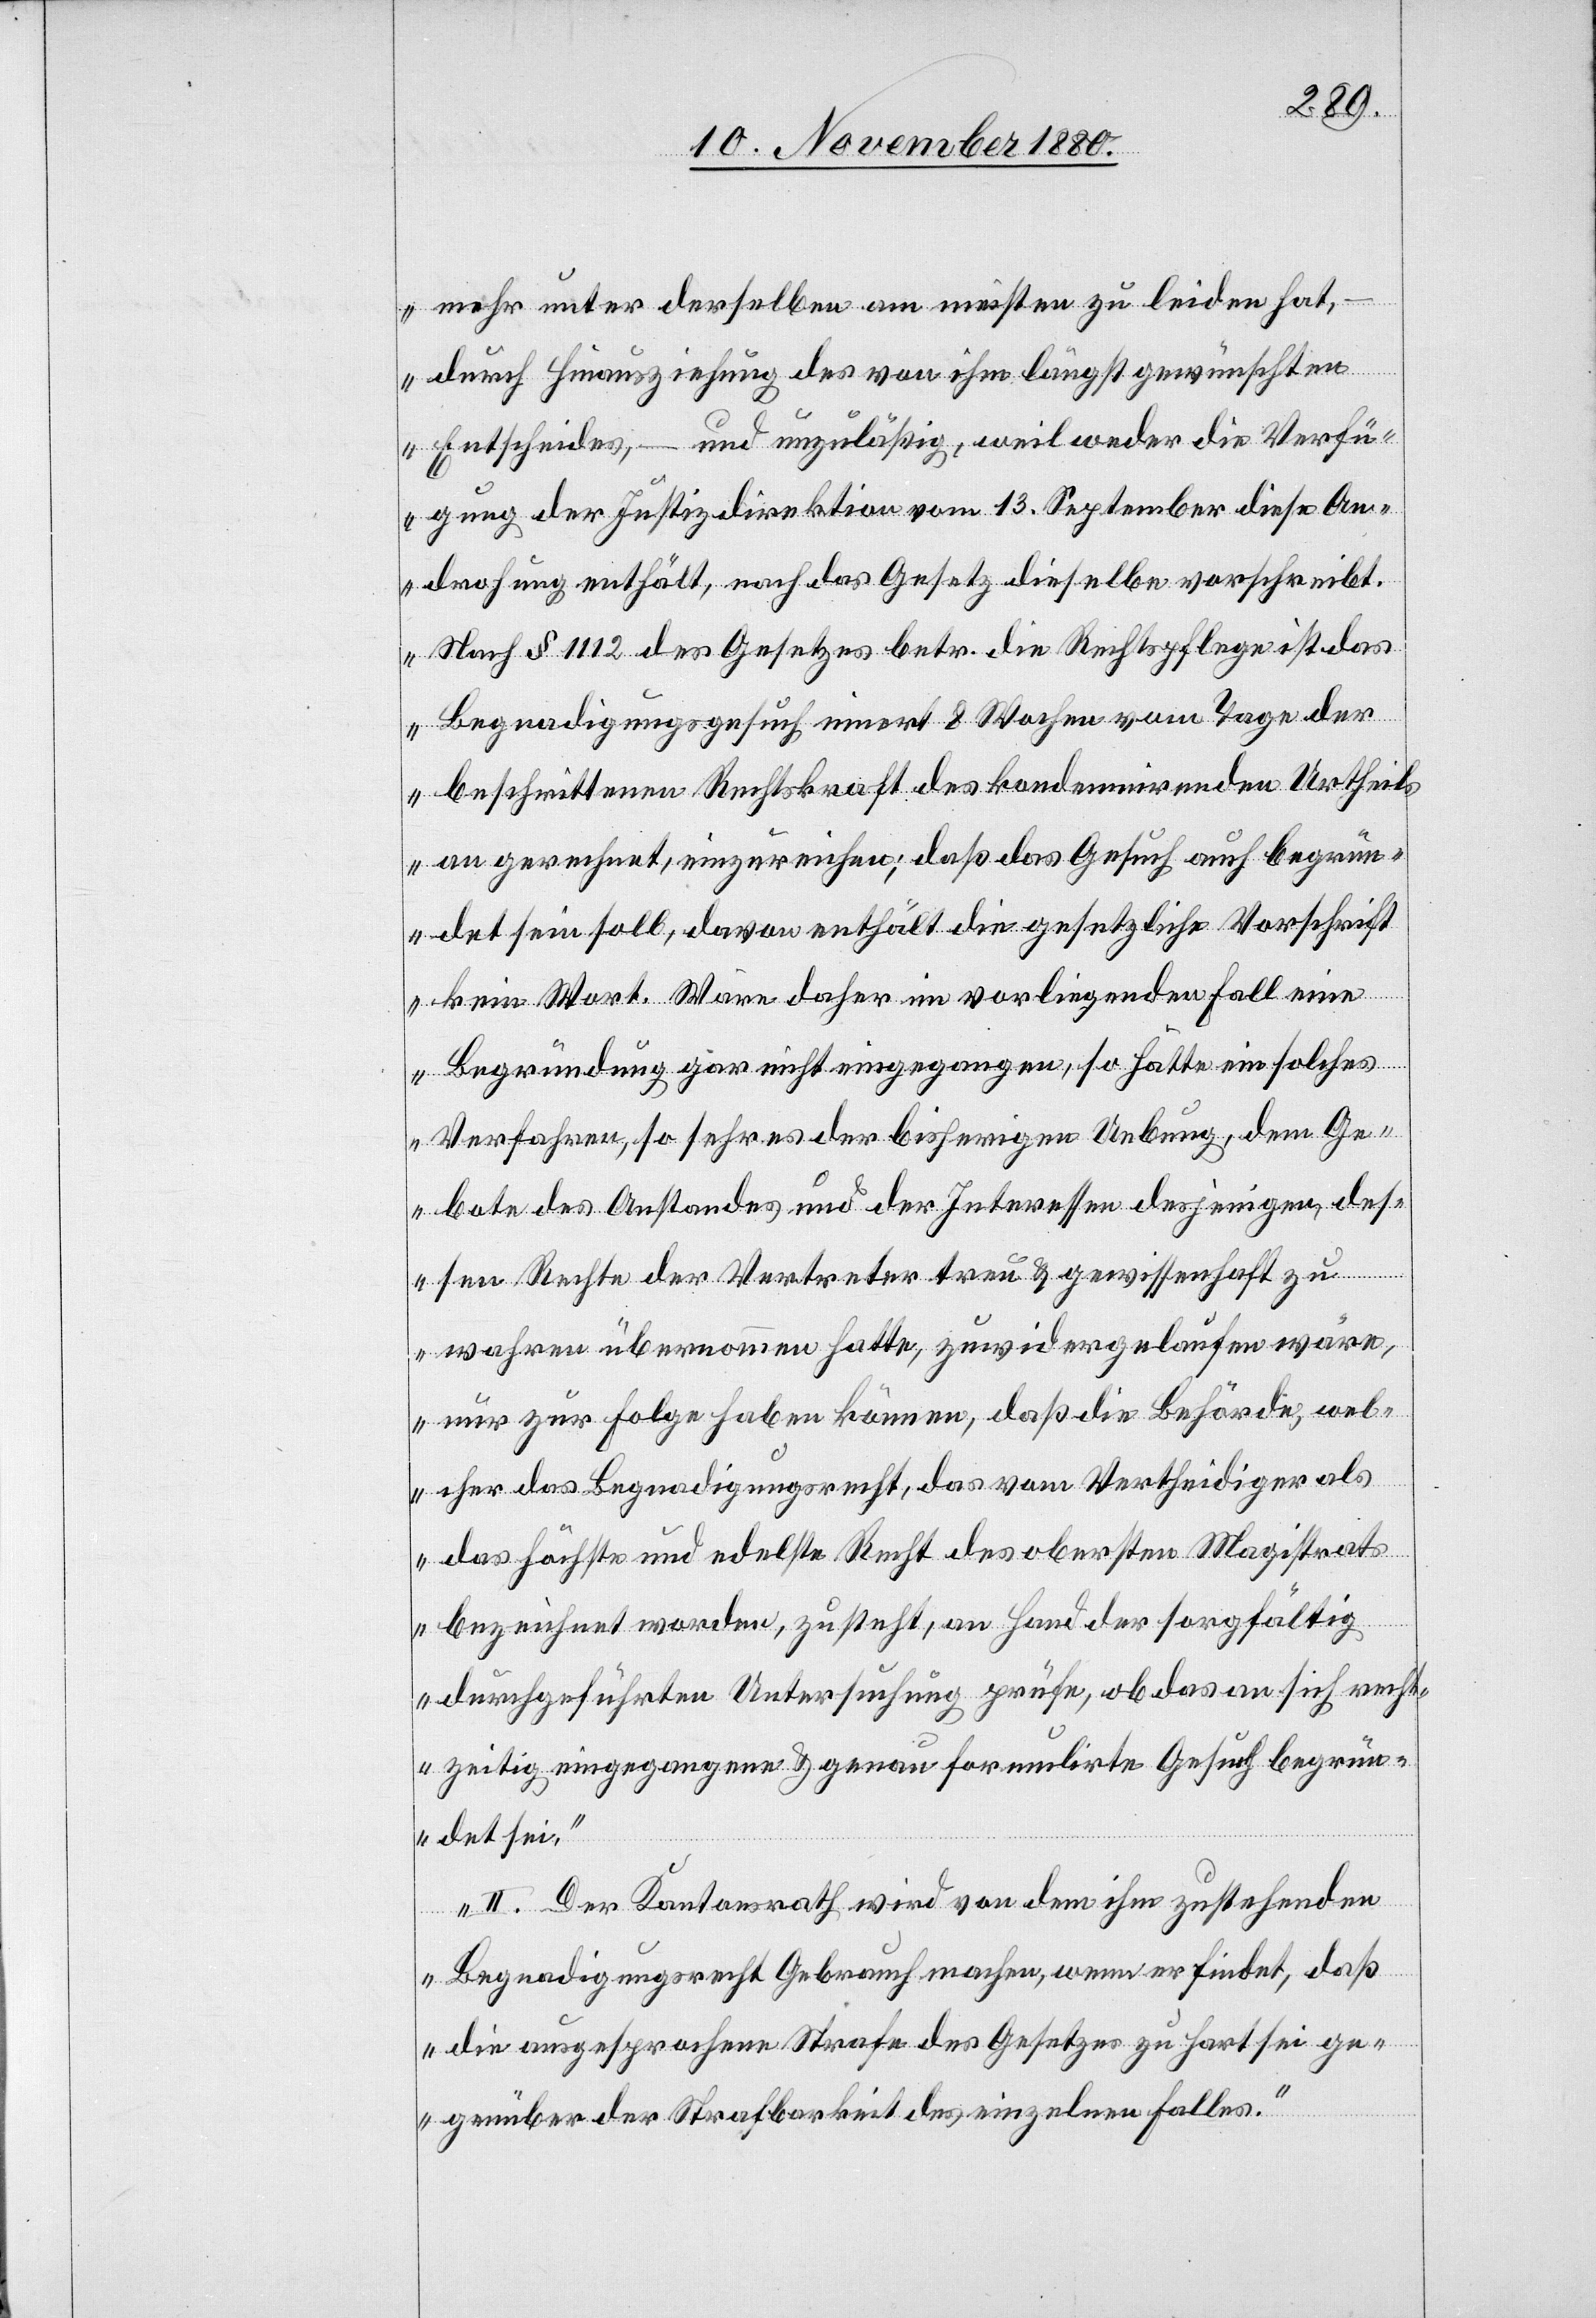
mehr unter derselben am meisten zu leiden hat,
– durch Hinausziehung des von ihm längst gewünschten
Entscheides, – und unzuläßig, weil weder die Verfü¬
gung der Justizdirektion vom 13. September diese An¬
drohung enthält, noch das Gesetz dieselbe vorschreibt.
Nach § 112 des Gesetzes betr. die Rechtspflege ist das
Begnadigungsgesuch innert 8 Wochen vom Tage der
beschrittenen Rechtskraft des kondemnirenden Urtheils
an gerechnet, einzureichen; daß das Gesuch auch begrün¬
det sein soll, davon enthält die gesetzliche Vorschrift
kein Wort. Wäre daher im vorliegenden Fall eine
Begründung gar nicht eingegangen, so hätte ein solches
Verfahren, so sehr es der bisherigen Uebung, dem Ge¬
bote des Anstandes und der Interessen desjenigen, des¬
sen Rechte der Vertreter treu & gewissenhaft zu
wahren übernommen hatte, zuwidergelaufen wäre,
nur zur Folge haben können, daß die Behörde, wel¬
cher das Begnadigungsecht, das vom Vertheidiger als
das höchste und edelste Recht des obersten Magistrats
bezeichnet worden, zusteht, an Hand der sorgfältig
durchgeführten Untersuchung prüfe, ob das an sich recht¬
zeitig eingegangene & genau formulirte Gesuch begrün¬
det sei.
II. Der Kantonsrath wird von dem ihm zustehenden
Begnadigungsrecht Gebrauch machen, wenn er findet, daß
die ausgesprochene Strafe des Gesetzes zu hart sei ge¬
genüber der Strafbarkeit des einzelnen Falles.